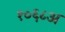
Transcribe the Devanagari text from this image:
१०६८अ